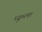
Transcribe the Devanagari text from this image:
प्युब्ला